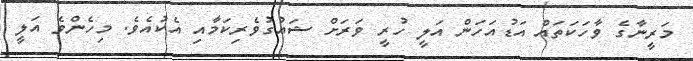
މަރީނާގެ ވާހަކަތައް އަޑުއަހަން އަލީ ހުރީ ވަރަށް ޝައުގުވެރިކަމާއި އެކުއެވެ. މިހެންވެ އަލީ